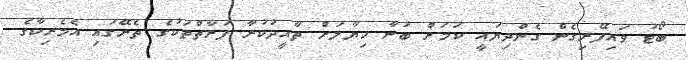
ބޯޓު ވައިފޭރިގެން ގެންދިޔައީ ކަމަށް ބުނާ ހިޔާލަށް ތާއީދުކުރާ ފަރާތްތަކުގެ ތެރޭގައި އެމެރިކާގެ